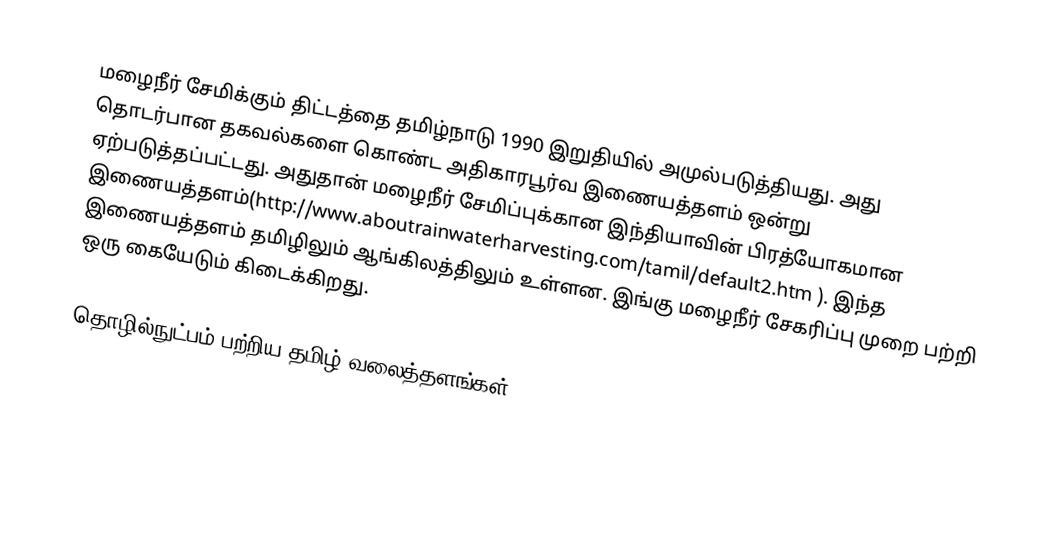
மழைநீர் சேமிக்கும் திட்டத்தை தமிழ்நாடு 1990 இறுதியில் அமுல்படுத்தியது.  அது தொடர்பான தகவல்களை கொண்ட அதிகாரபூர்வ இணையத்தளம் ஒன்று ஏற்படுத்தப்பட்டது.  அதுதான் மழைநீர் சேமிப்புக்கான இந்தியாவின் பிரத்யோகமான இணையத்தளம்(http://www.aboutrainwaterharvesting.com/tamil/default2.htm ).  இந்த இணையத்தளம் தமிழிலும் ஆங்கிலத்திலும் உள்ளன.  இங்கு மழைநீர் சேகரிப்பு முறை பற்றி ஒரு கையேடும் கிடைக்கிறது.

தொழில்நுட்பம் பற்றிய தமிழ் வலைத்தளங்கள்